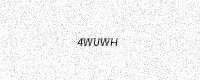
Text: 4WUWH